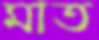
মাত